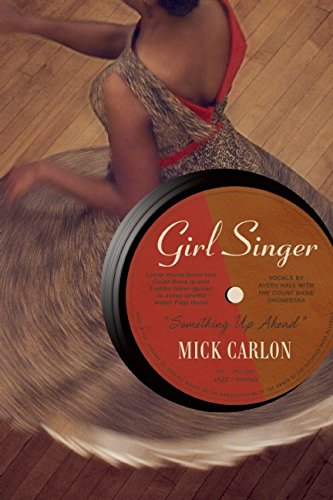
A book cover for Girl Singer; Mick Carlon; Literature & Fiction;